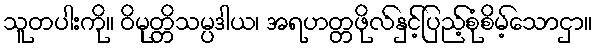
သူတပါးကို။ ဝိမုတ္တိသမ္ပဒါယ၊ အရဟတ္တဖိုလ်နှင့်ပြည့်စုံစိမ့်သောငှာ။